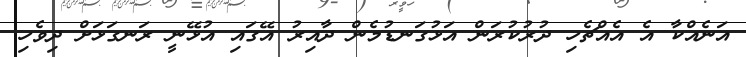
އަނެއްކާ އެ އެއްޗެހި ދުރުކުރަން އަޅުގަނޑުމެން ދާއިރު އޭގައި އުޅޭނީ ރަނގަޅަށް ދިވެހި